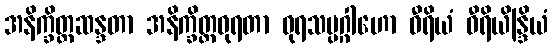
အနိက္ခိတ္တဆန္ဒတာ အနိက္ခိတ္တဓုရတာ ဓုရသမ္ပဂ္ဂါဟော ဝီရိယံ ဝီရိယိန္ဒြိယံ